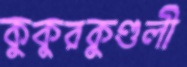
কুকুরকুণ্ডলী